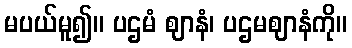
မပယ်မူ၍။ ပဌမံ ဈာနံ၊ ပဌမဈာနံကို။